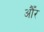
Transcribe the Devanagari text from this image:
औँर